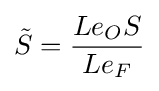
{\tilde {S}}={\frac {Le_{O}S}{Le_{F}}}